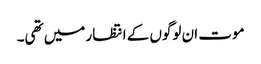
موت ان لوگوں کے انتظار میں تھی۔